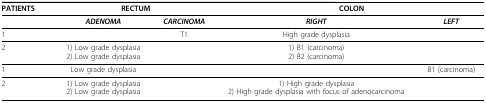
<table><thead><tr><td><b>PATIENTS</b></td><td colspan="2"><b>RECTUM</b></td><td colspan="2"><b>COLON</b></td></tr></thead><tbody><tr><td></td><td><b><i>ADENOMA</i></b></td><td><b><i>CARCINOMA</i></b></td><td><b><i>RIGHT</i></b></td><td><b><i>LEFT</i></b></td></tr><tr><td>1</td><td></td><td>T1</td><td>High grade dysplasia</td><td></td></tr><tr><td>2</td><td>1) Low grade dysplasia2) Low grade dysplasia</td><td></td><td>1) B1 (carcinoma)2) B2 (carcinoma)</td><td></td></tr><tr><td>1</td><td>Low grade dysplasia</td><td></td><td></td><td>B1 (carcinoma)</td></tr><tr><td>2</td><td>1)Low grade dysplasia2) Low grade dysplasia</td><td></td><td>1) High grade dysplasia2) High grade dysplasia with focus of adenocarcinoma</td><td></td></tr></tbody></table>